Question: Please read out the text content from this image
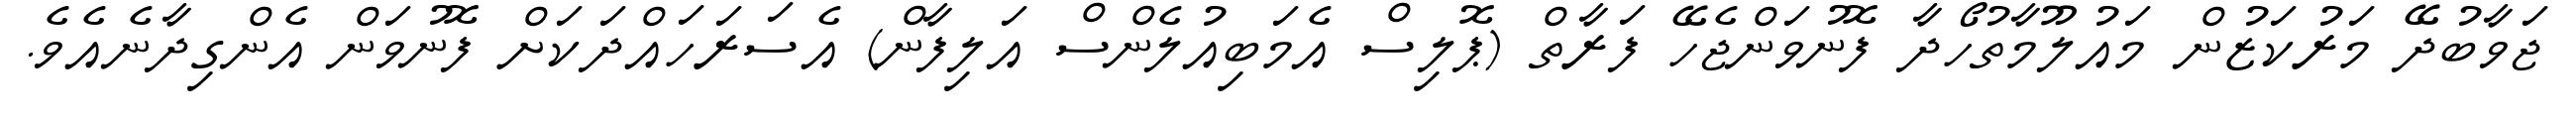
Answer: ޖަވާބުދޭ މަރުކަޒުން މައުލޫމާތުހޯދާ ފޮނުވަންޖެހޭ ފަރާތް (ޕޮލިސް އެމަބިއުލެންސް އަލިފާން) އެސަރަހައްދަކަށް ފޮނުވަން އެންގިދާނެއެވެ.